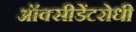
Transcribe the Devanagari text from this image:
ऑक्सीडेंटरोधी